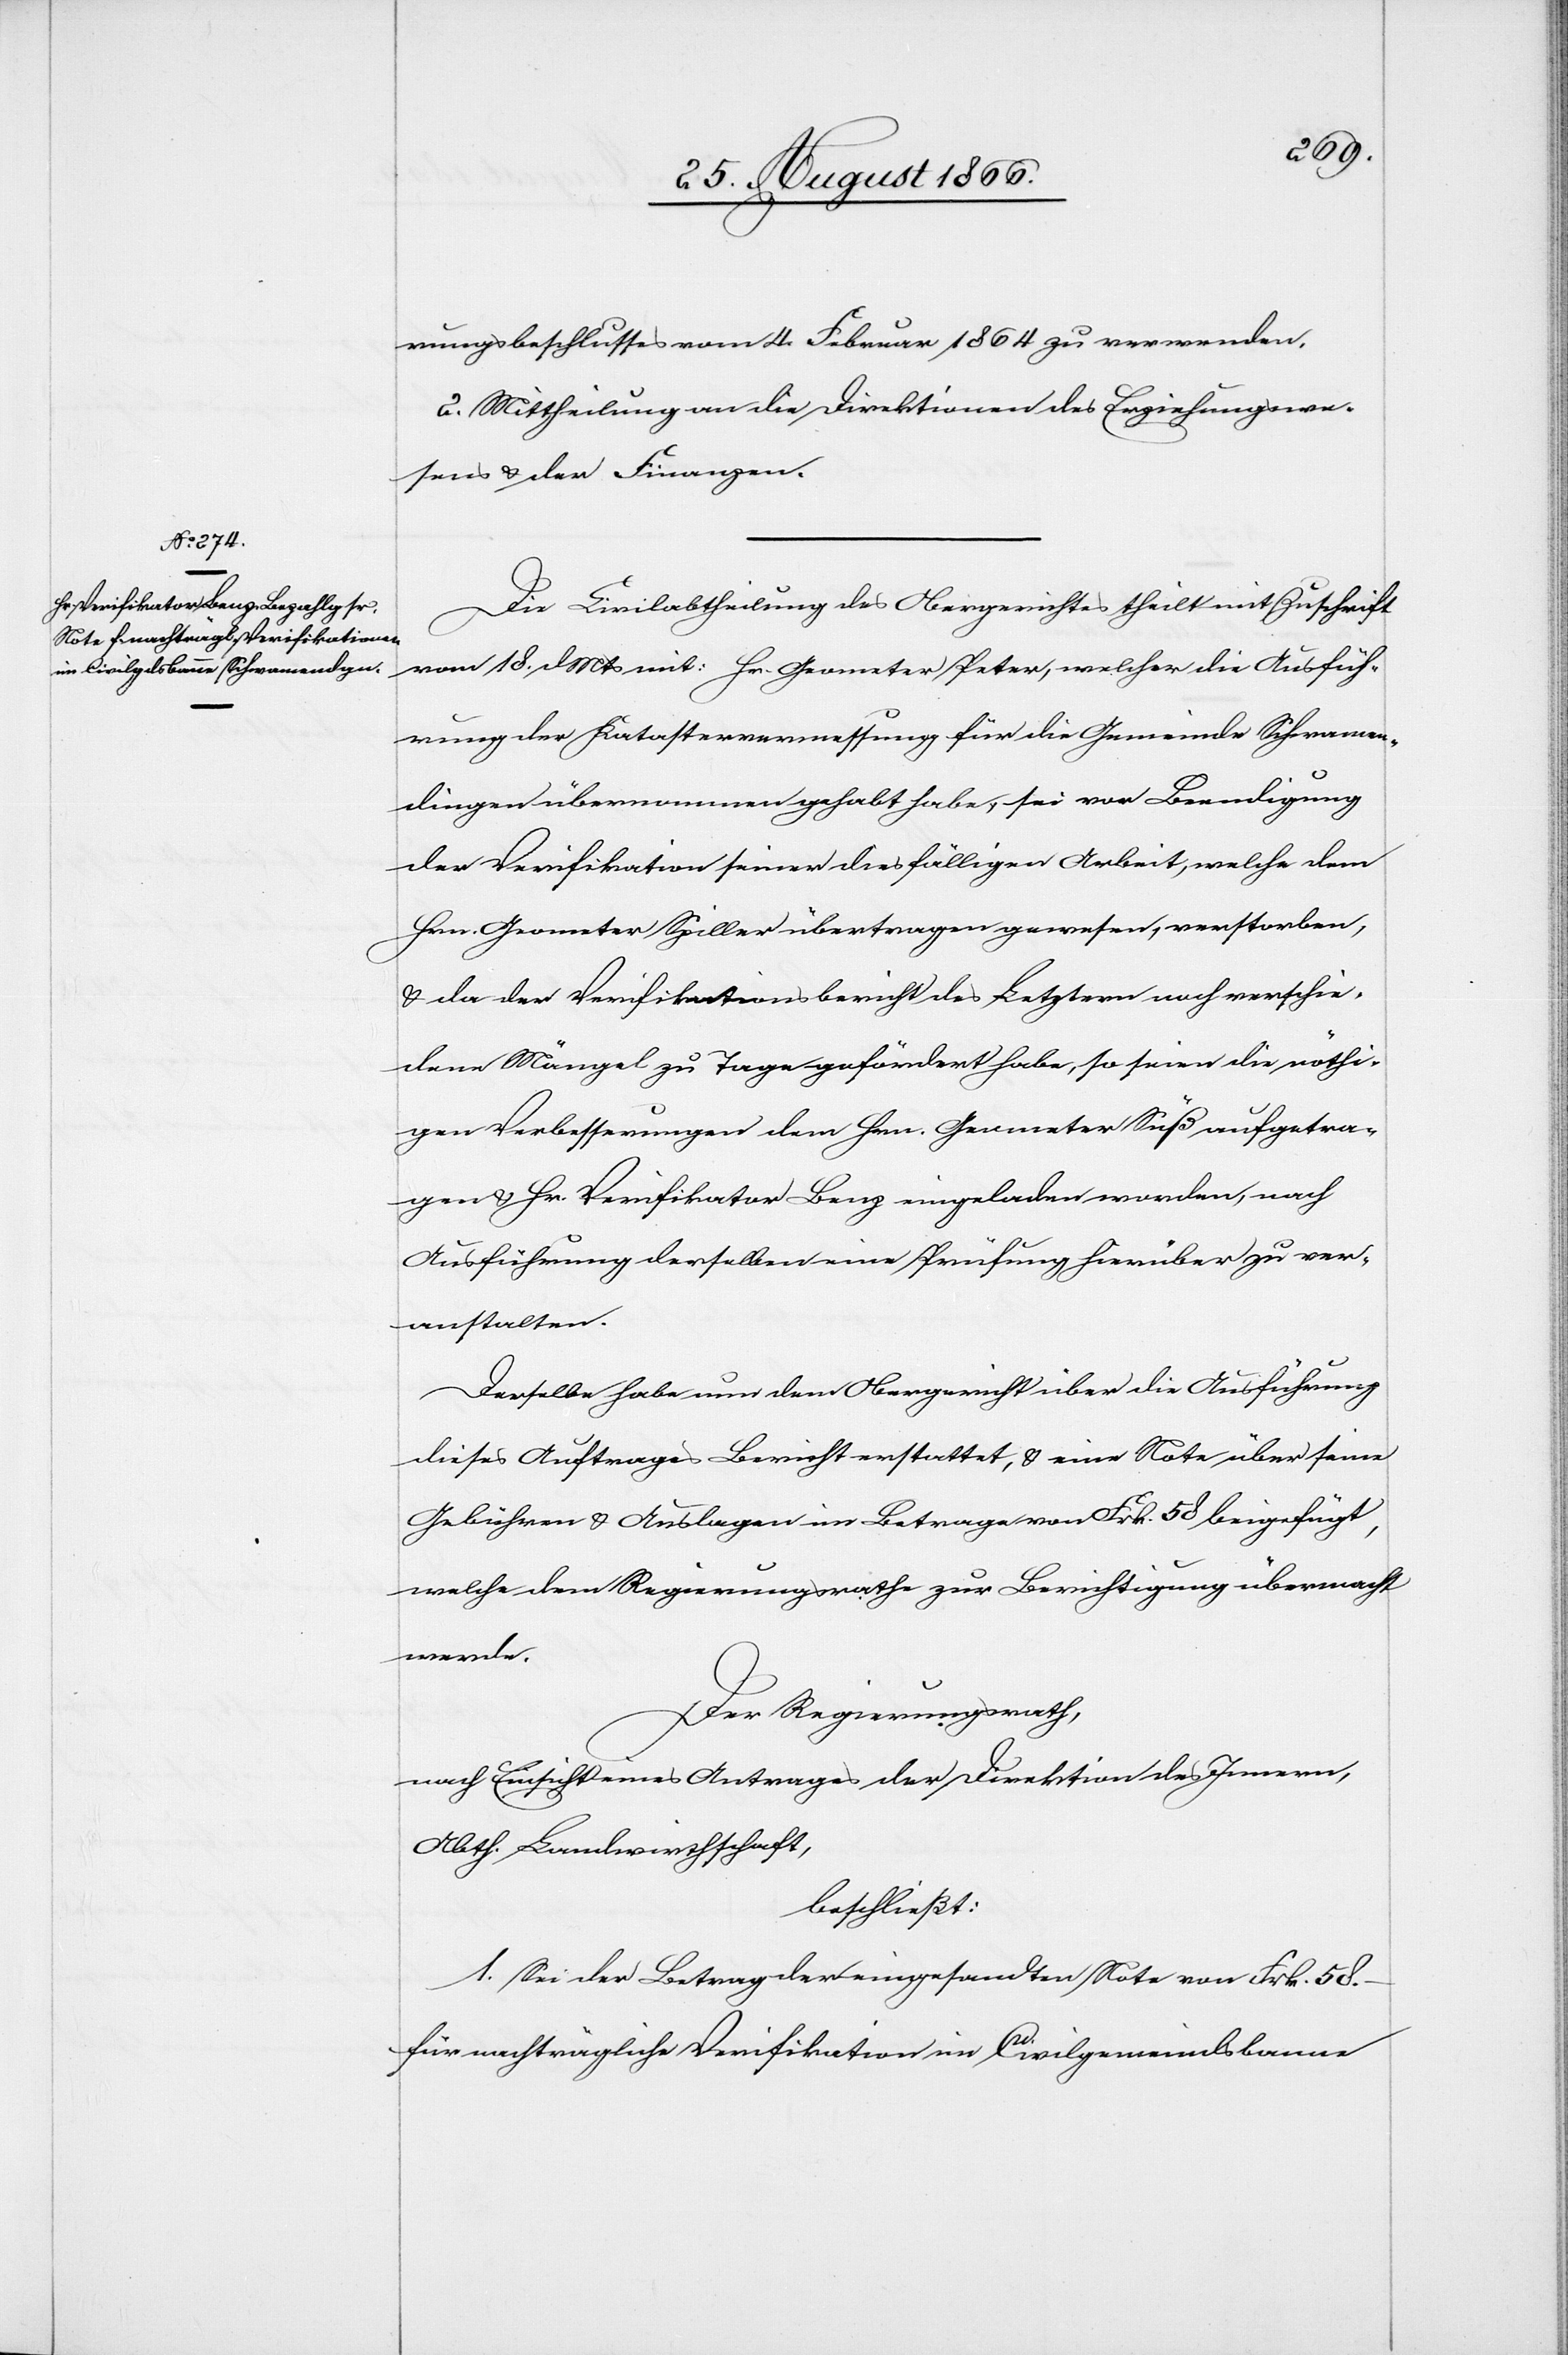
rungsbeschlusses vom 4. Februar 1864 zu verwenden.
2. Mittheilung an die Direktionen des Erziehungswe¬
sens u. der Finanzen.
Die Civilabtheilung des Obergerichtes theilt mit Zuschrift
vom 18. dMts mit: Hr. Geometer Peter, welcher die Ausfüh¬
rung der Katastervermessung für die Gemeinde Schwamen¬
dingen übernommen gehabt habe, sei vor Beendigung
der Verifikation seiner diesfälligen Arbeit, welche dem
Hrn. Geometer Spiller übertragen gewesen, verstorben,
u. da der Verifikationsbericht des Letztern noch verschie¬
dene Mängel zu Tage gefördert habe, so seien die nöthi¬
gen Verbesserungen dem Hrn. Geometer Süß aufgetra¬
gen u. Hr. Verifikator Benz eingeladen worden, nach
Ausführung derselben eine Prüfung hierüber zu ver¬
anstalten.
Derselbe habe nun dem Obergerichte über die Ausführung
dieses Auftrages Bericht erstattet, u. eine Note über seine
Gebühren u. Auslagen im Betrage von Frk. 58 beigefügt,
welche dem Regierungsrathe zur Berichtigung übermacht
werde.
Der Regierungsrath,
nach Einsicht eines Antrages der Direktion des Innern,
Abth. Landwirthschaft,
beschließt:
1. Sei der Betrag der eingesandten Note von Frk. 58.–
für nachträgliche Verifikation im Civilgemeindsbanne